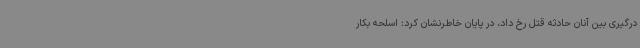
درگیری بین آنان حادثه قتل رخ داد، در پایان خاطرنشان کرد: اسلحه بکار